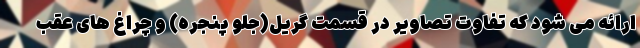
ارائه می شود که تفاوت تصاویر در قسمت گریل(جلو پنجره) و چراغ های عقب